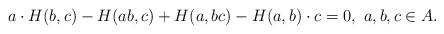
LaTeX: \begin{align*}a \cdot H(b,c) - H(ab, c) + H (a, bc) - H(a,b) \cdot c = 0,~ a, b, c \in A.\end{align*}